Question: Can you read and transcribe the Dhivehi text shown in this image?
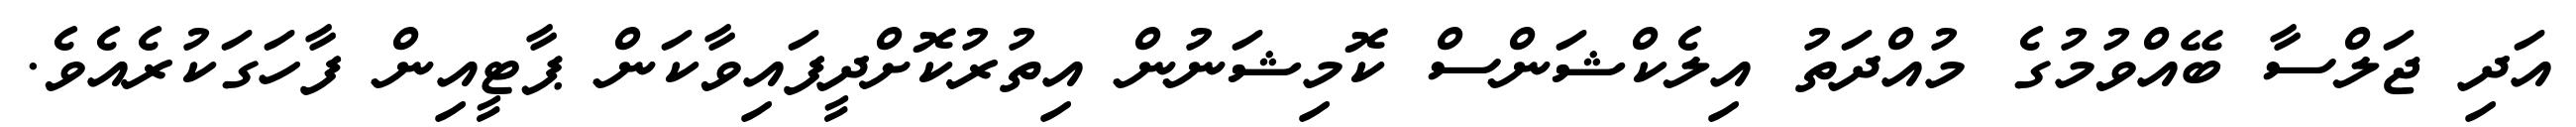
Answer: އަދި ޖަލްސާ ބޭއްވުމުގެ މުއްދަތު އިލެކްޝަންސް ކޮމިޝަނުން އިތުރުކޮށްދީފައިވާކަން ޕާޓީއިން ފާހަގަކުރެއެވެ.